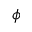
\phi